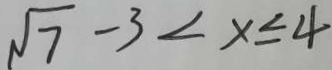
\sqrt { 7 } - 3 < x \leq 4